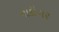
નાદીગર